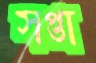
সপ্তা